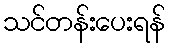
သင်တန်းပေးရန်